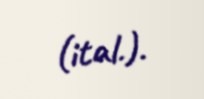
(ital.).